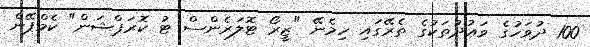
100 ދުވަހުގެ ވަޢުދުތަކުގެ ތެރޭގައި ހިމެނޭ "ޒީރޯ ޓޮލަރެންސް ޓު ކޮރަޕްޝަން" ކެމްޕޭން